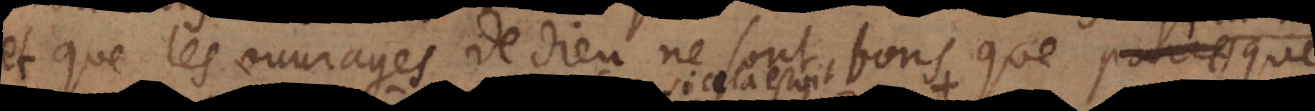
et que les ouvrages de Dieu ne sont bons que parce